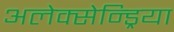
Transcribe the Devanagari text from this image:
अलेक्सेन्ड्रिया